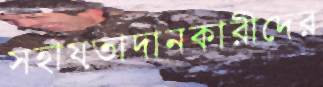
সহায়তাদানকারীদের